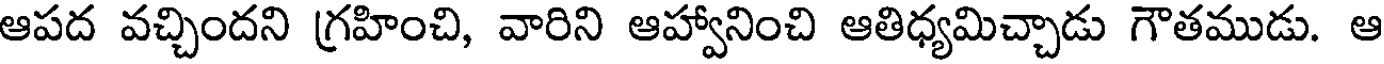
ఆపద వచ్చిందని గ్రహించి, వారిని ఆహ్వానించి ఆతిధ్యమిచ్చాడు గౌతముడు. ఆ